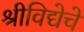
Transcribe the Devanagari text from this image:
श्रीविद्येचे